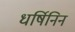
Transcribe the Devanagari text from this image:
धर्षिनिन